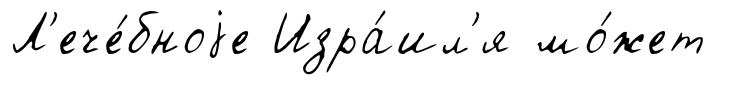
Л'ече́бноjе Изра́ил'я мо́жет